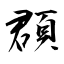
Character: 頵